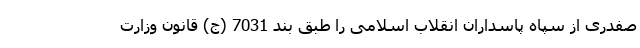
صفدری از سپاه پاسداران انقلاب اسلامی را طبق بند 7031 (ج) قانون وزارت